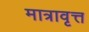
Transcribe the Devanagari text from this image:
मात्रावृत्त